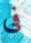
فى